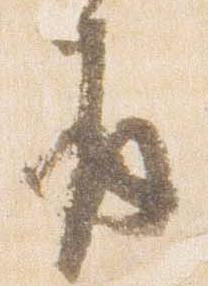
并